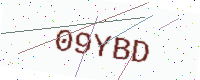
Text: 09YBD